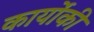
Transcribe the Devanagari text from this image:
कार्योंकी